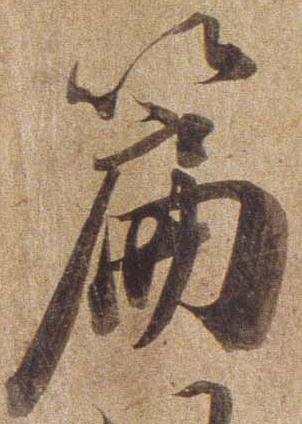
篇